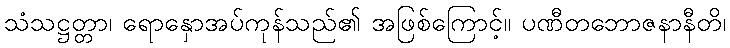
သံသဋ္ဌတ္တာ၊ ရောနှောအပ်ကုန်သည်၏ အဖြစ်ကြောင့်။ ပဏီတဘောဇနာနီတိ၊